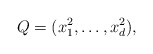
\begin{align*}Q = (x_1^2,\ldots,x_d^2), \end{align*}